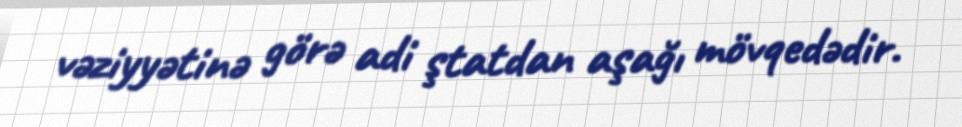
vəziyyətinə görə adi ştatdan aşağı mövqedədir.